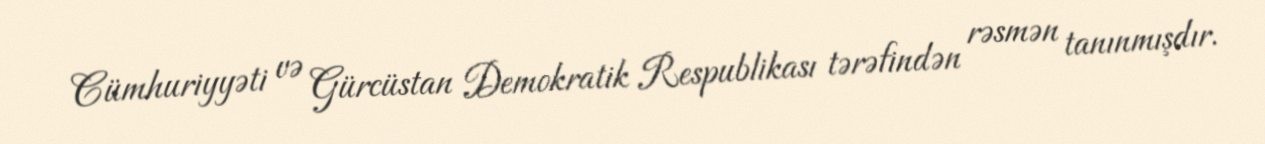
Cümhuriyyəti və Gürcüstan Demokratik Respublikası tərəfindən rəsmən tanınmışdır.